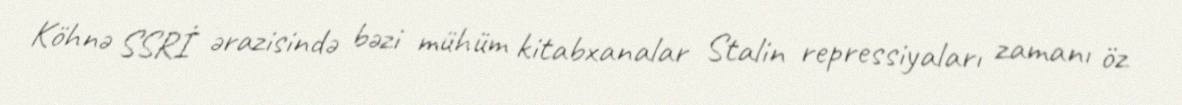
Köhnə SSRİ ərazisində bəzi mühüm kitabxanalar Stalin repressiyaları zamanı öz